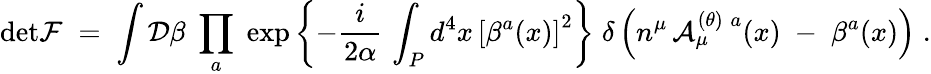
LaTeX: \mathrm{det}{\cal F}\; =\; \int{\cal D}\beta\; \prod_{a}\; \exp\left\{ -\frac{i}{2\alpha}\, \int_{P}d^{4}x\, \left[\beta^{a}(x)\right]^{2}\right\} \; \delta\left(n^{\mu}\, {\cal A}_{\mu}^{(\theta)\; a}(x)\; -\; \beta^{a}(x)\right)\; .